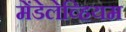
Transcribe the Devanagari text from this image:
मेंडेलेव्हियम